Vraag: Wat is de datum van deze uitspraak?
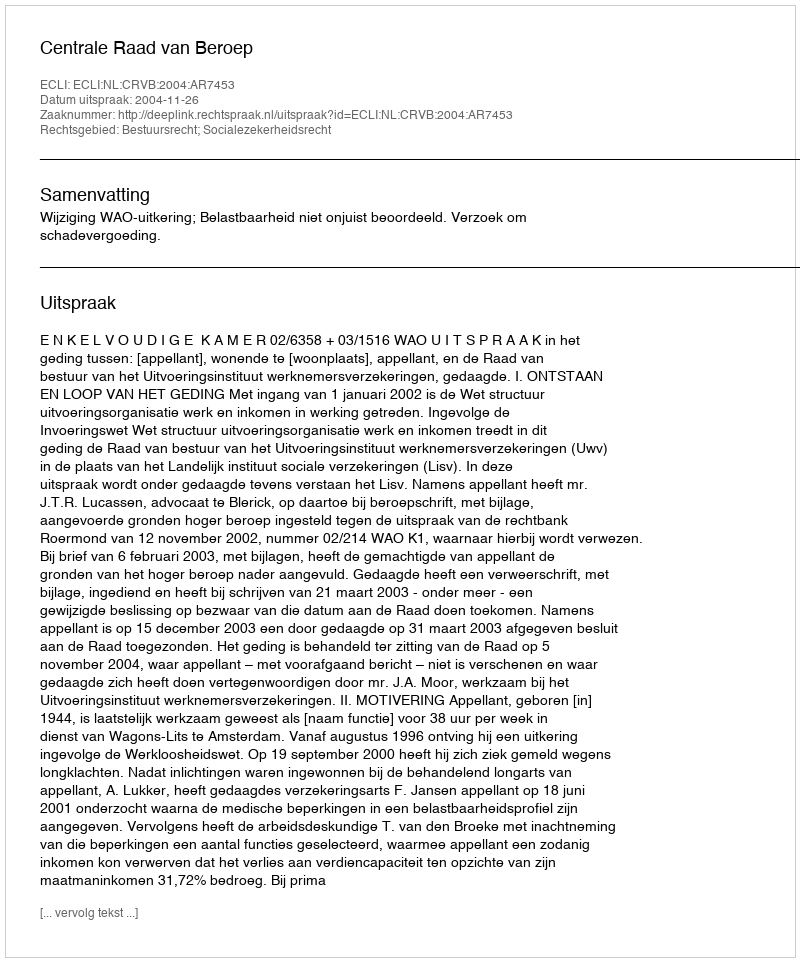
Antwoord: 2004-11-26